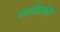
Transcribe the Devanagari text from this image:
भागीदारीही